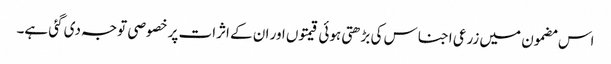
اس مضمون میں زرعی اجناس کی بڑھتی ہوئی قیمتوں اور ان کے اثرات پر خصوصی توجہ دی گئی ہے۔